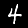
Label: 4